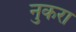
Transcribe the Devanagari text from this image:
नुकरा